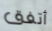
أتفق